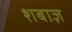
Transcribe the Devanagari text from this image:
शबाज़